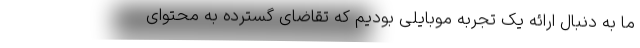
ما به دنبال ارائه یک تجربه موبایلی بودیم که تقاضای گسترده به محتوای